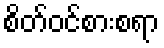
စိတ်ဝင်စားစရာ